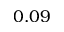
0 . 0 9